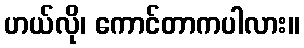
ဟယ်လို၊ ကောင်တာကပါလား။